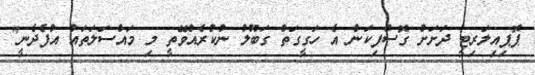
ޕޮޕިއިލަރިޓީ ދަށަށް ގޮސްފިކަން އެ ހަގީގަތް ގަބޫލު ނުކުރެއްވޭތީ މި މައްސަލަތައް އުފެދެނީ"